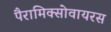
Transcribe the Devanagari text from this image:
पैरामिक्सोवायरस